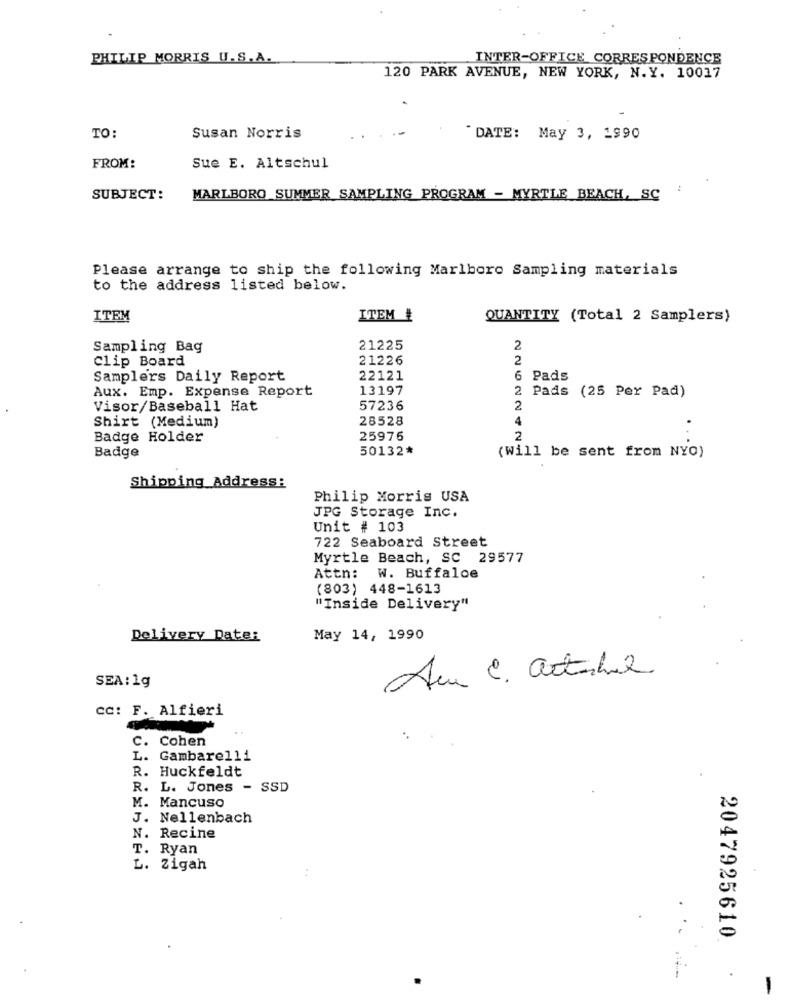
PHILIP MORRIS U.S.A.
INTER-OFFICE CORRESPONDENCE
120 PARK AVENUE, NEW YORK, N.Y. 10017
TO:
Susan Norris
"DATE: May 3, 1990
FROM:
Sue E. Altschul
SUBJECT:
MARLBORO SUMMER SAMPLING PROGRAM - MYRTLE BEACH, SC
Please arrange to ship the following Marlboro Sampling materials
to the address listed below.
ITEM
ITEM #
QUANTITY (Total 2 Samplers)
Sampling Bag
21225
2
clip Board
21226
2
Samplers Daily Report
22121
6 Pads
Aux. Emp. Expense Report
13197
2 Pads (25 Per Pad)
Visor/Baseball Hat
57236
2
Shirt (Medium)
28528
4
Badge Holder
25976
2
50132*
(Will be sent from NYO)
Badge
Shipping Address:
Philip Morris USA
JPG Storage Inc.
Unit # 103
722 Seaboard Street
Myrtle Beach, SC 29577
Attn: W. Buffaloe
(803) 448-1613
" Inside Delivery"
Delivery Date:
May 14, 1990
Au C. artabul
SEA: 1g
CC: F. Alfieri
C. Cohen
L. Gambarelli
R. Huckfeldt
R. L. Jones - SSD
M. Mancuso
J. Nellenbach
N. Recine
T. Ryan
L. Zigah
..
2047925610
.